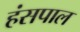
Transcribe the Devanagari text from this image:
हंसपाल